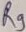
Text: R9